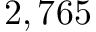
2 , 7 6 5